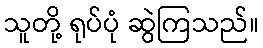
သူတို့ ရုပ်ပုံ ဆွဲကြသည်။